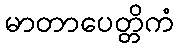
မာတာပေတ္တိကံ